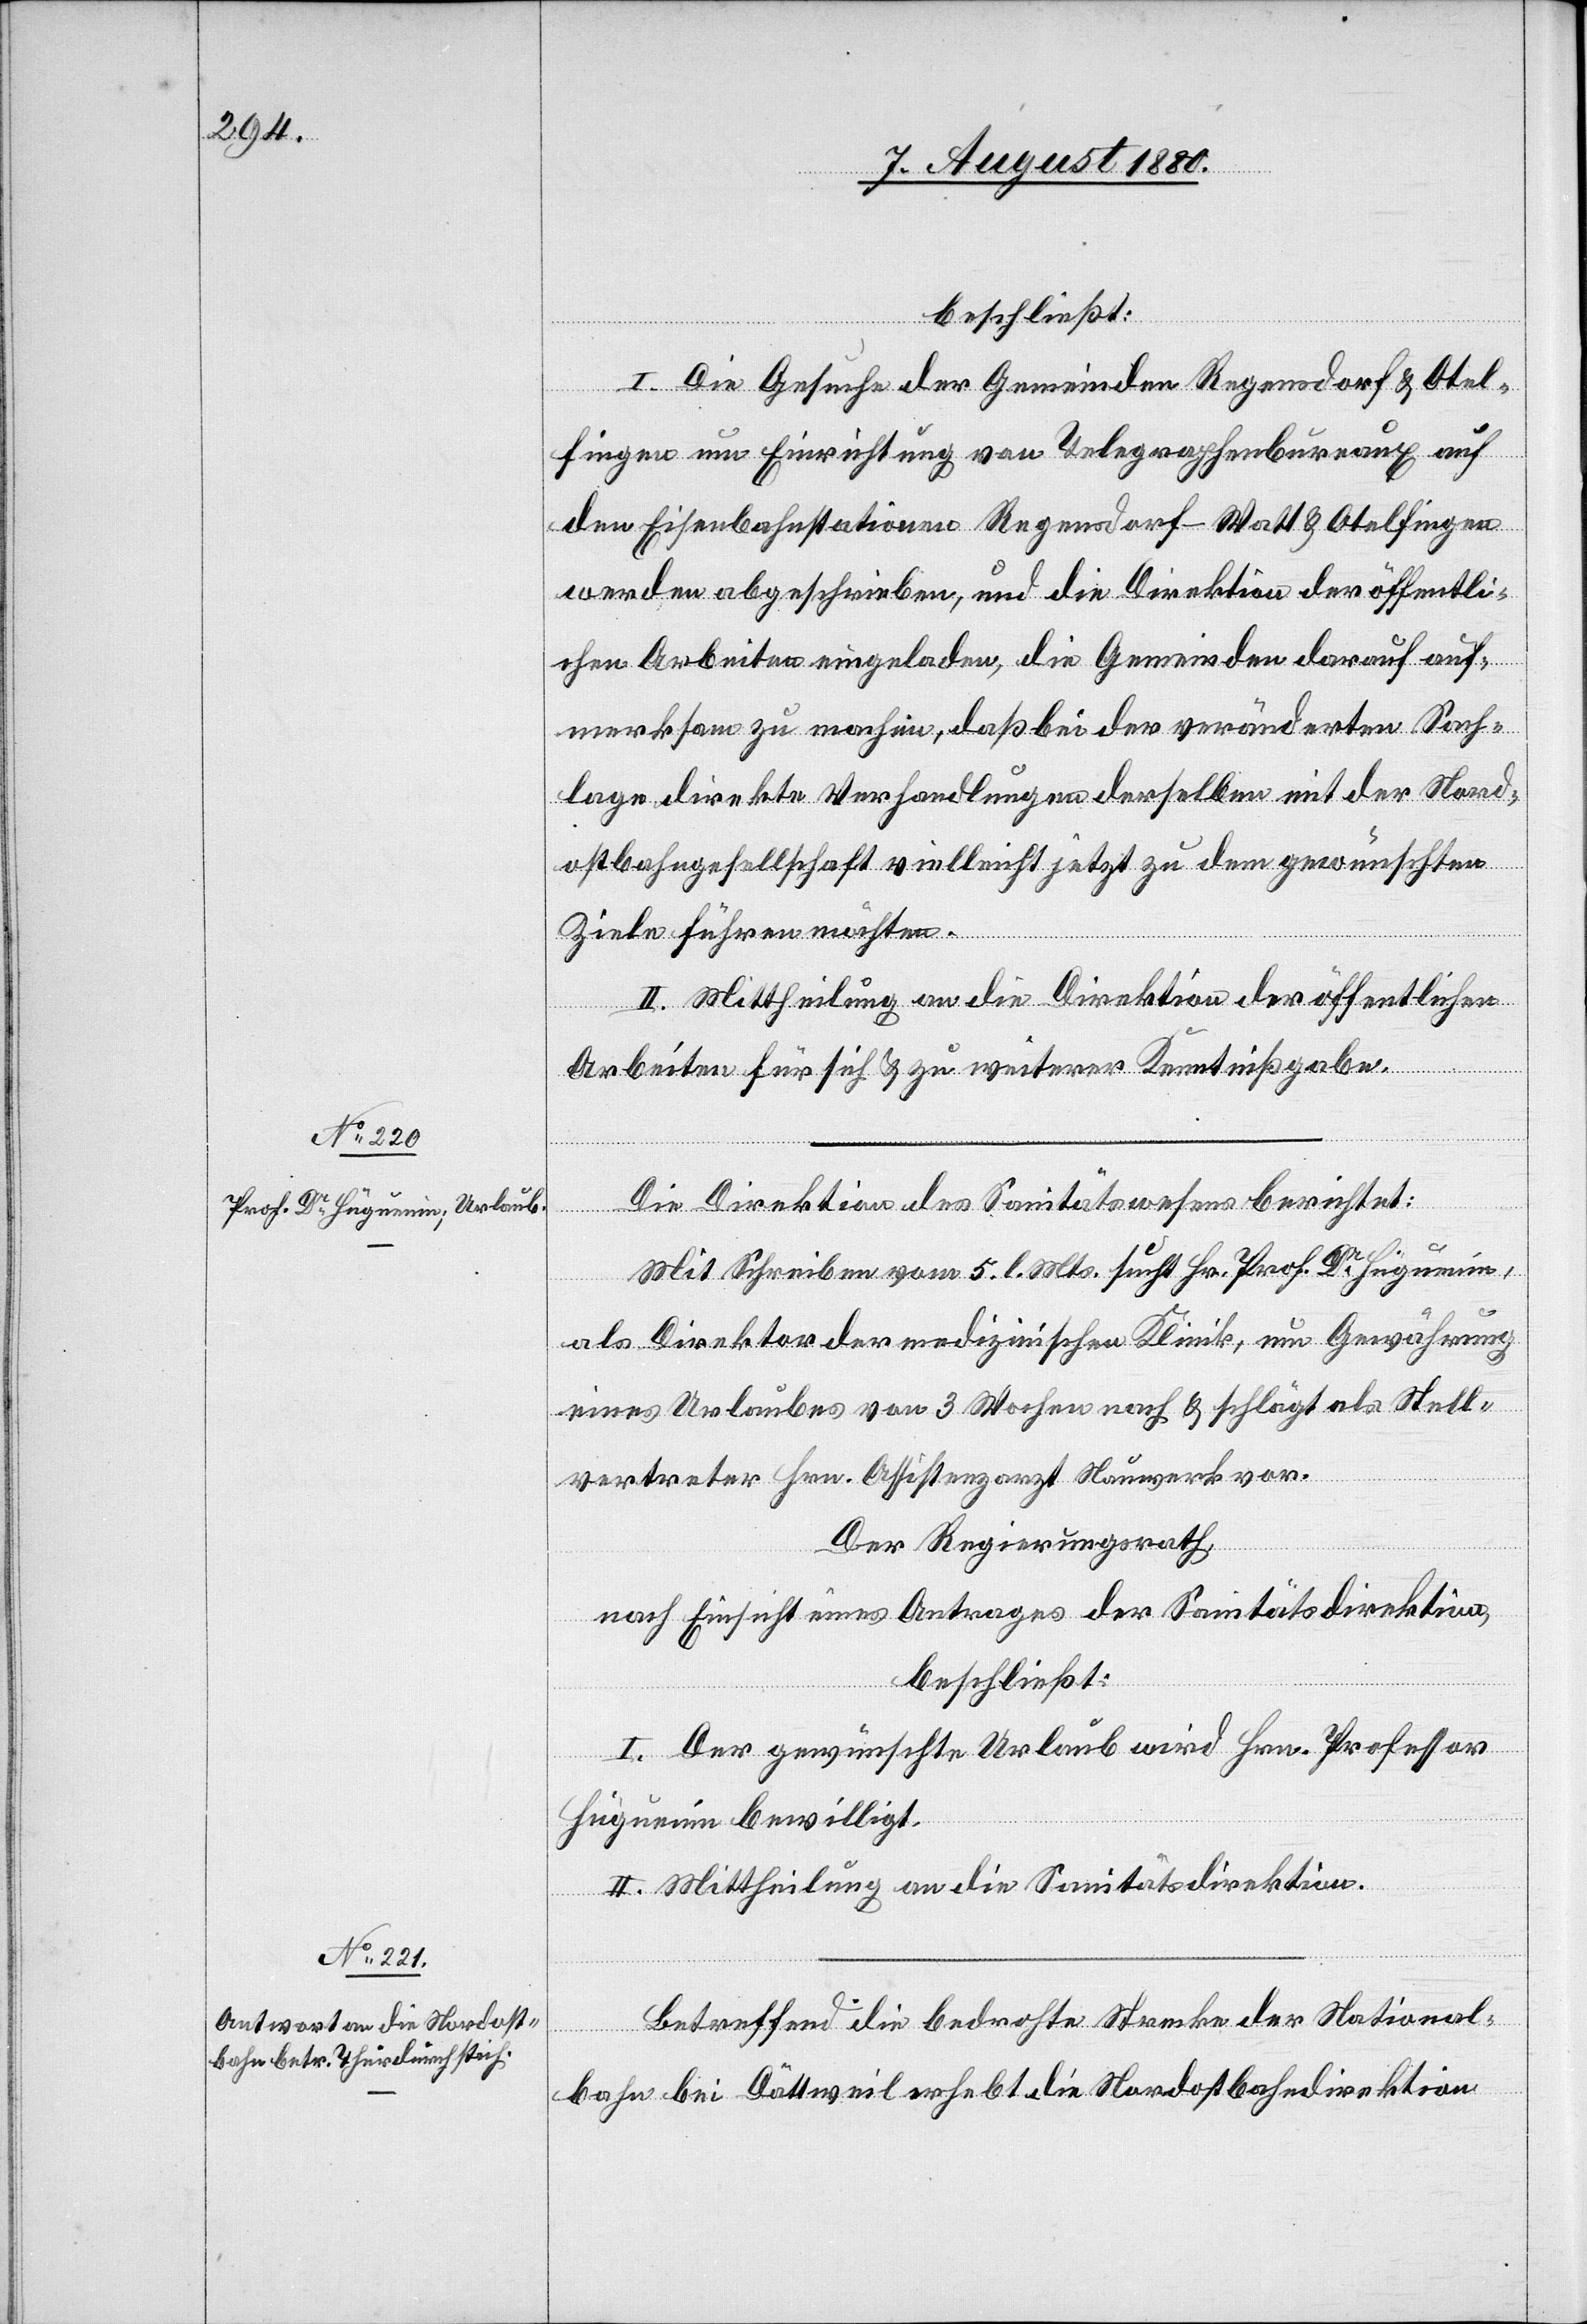
beschließt:
I. Die Gesuche der Gemeinden Regensdorf & Otel¬
fingen um Einrichtung von Telegraphenbureaux auf
den Eisenbahnstationen Regensdorf-Watt & Otelfingen
werden abgeschrieben, und die Direktion der öffentli¬
chen Arbeiten eingeladen, die Gemeinden darauf auf¬
merksam zu machen, daß bei der veränderten Sach¬
lage direkte Verhandlungen derselben mit der Nord¬
ostbahngesellschaft vielleicht jetzt zu dem gewünschten
Ziele führen möchten.
II. Mittheilung an die Direktion der öffentlichen
Arbeiten für sich & zu weiterer Kenntnißgabe.
Die Direktion des Sanitätswesens berichtet:
Mit Schreiben vom 5. l. Mts. sucht Hr. Prof. Dr Huguenin
als Direktor der medizinischen Klinik, um Gewährung
eines Urlaubes von 3 Wochen nach & schlägt als Stell¬
vertreter Hrn. Assistenzarzt Nauwerk vor.
Der Regierungsrath,
nach Einsicht eines Antrages der Sanitätsdirektion,
beschließt:
I. Der gewünschte Urlaub wird Hrn. Professor
Huguenin bewilligt.
II. Mittheilung an die Sanitätsdirektion.
Betreffend die bedrohte Strecke der National¬
bahn bei Dättweil erhebt die Nordostbahndirektion